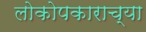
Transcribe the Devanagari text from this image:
लोकोपकाराच्या